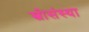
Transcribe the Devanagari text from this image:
स्त्रीसंस्था